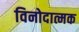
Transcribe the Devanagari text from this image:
विनोदात्मक